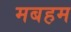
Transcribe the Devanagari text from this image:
मबहम